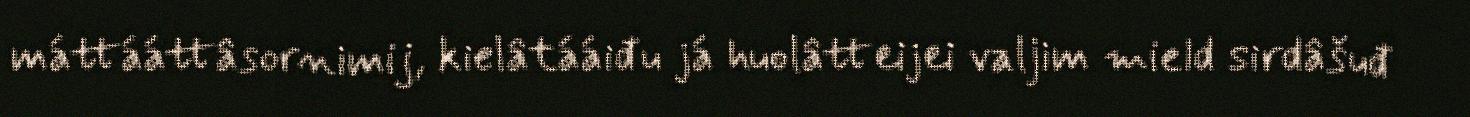
máttááttâsornimij, kielâtááiđu já huolâtteijei valjim mield sirdâšuđ